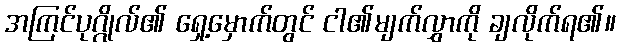
အကြင်ပုဂ္ဂိုလ်၏ ရှေ့မှောက်တွင် ငါ၏မျက်လွှာကို ချလိုက်ရ၏။